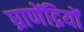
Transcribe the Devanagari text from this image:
घ्राणेंद्रियों